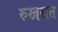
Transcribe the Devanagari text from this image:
रुखसत